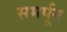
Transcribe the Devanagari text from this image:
समर्पून